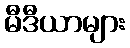
မီဒီယာများ